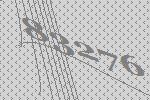
83276